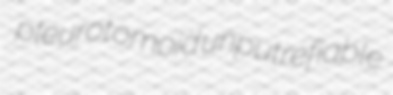
pleurotomoid unputrefiable